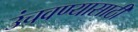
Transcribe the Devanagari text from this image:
उंचवण्यासाठी